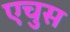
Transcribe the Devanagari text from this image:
एचुस